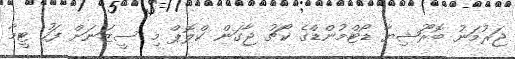
ޖަރުމަނު ބޮރޫޝިޔާ ޑޯޓްމުންޑްގެ ކޯޗު ޖާގަން ކްލޮޕް މި ސީޒަނަށް ފަހު ޓީމާ